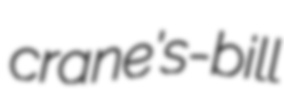
crane's-bill